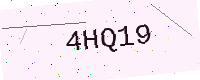
Text: 4HQ19